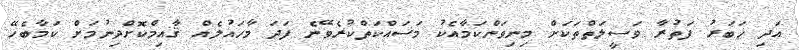
އަދި ޚަބަރު ފަތުރާ ވަސީލަތްތަކަށް މިނިވަންކަމާއެކު މަސައްކަތްކުރެވޭނެ ފަދަ މާހައުލެއް ޤާއިމްކޮށްދިނުމަށް ކަމާބެހޭ